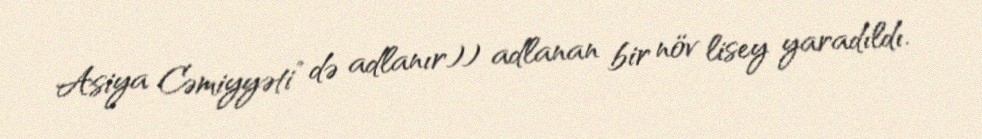
Asiya Cəmiyyəti” də adlanır)) adlanan bir növ lisey yaradıldı.